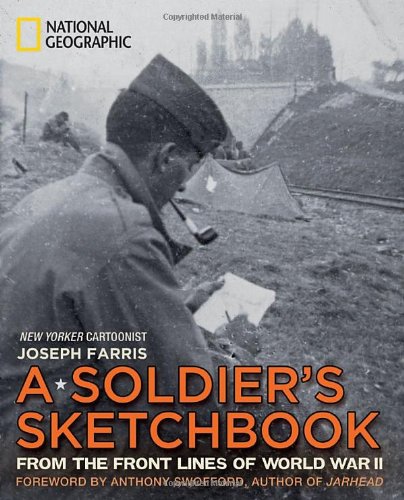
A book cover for A Soldier's Sketchbook: From the Front Lines of World War II; Joseph Farris; Arts & Photography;